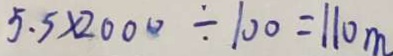
5 . 5 \times 2 0 0 0 \div 1 0 0 = 1 1 0 m